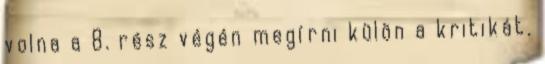
volna a 8. rész végén megírni külön a kritikát.